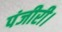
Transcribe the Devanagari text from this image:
पंजीरी।